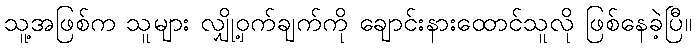
သူ့အဖြစ်က သူများ လျှို့ဝှက်ချက်ကို ချောင်းနားထောင်သူလို ဖြစ်နေခဲ့ပြီ။